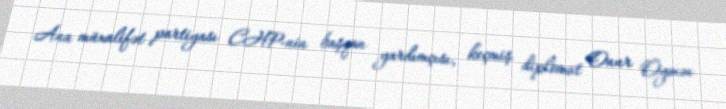
Ana müxalifət partiyası CHP-nin başqan yardımçısı, keçmiş diplomat Onur Öymən